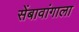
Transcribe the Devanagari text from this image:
सेंबावांगाला